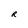
Character: R